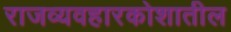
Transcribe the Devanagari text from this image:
राजव्यवहारकोशातील